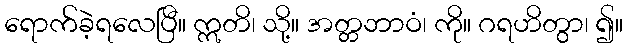
ရောက်ခဲ့ရလေပြီ။ ဣတိ၊ သို့။ အတ္တဘာဝံ၊ ကို။ ဂရဟိတွာ၊ ၍။